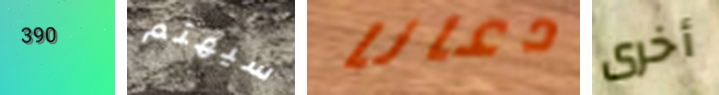
390 سيهتم دعانا أخرى